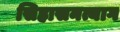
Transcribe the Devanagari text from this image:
सिहासनत्याग